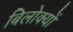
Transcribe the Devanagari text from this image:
बिलोक्‍यों